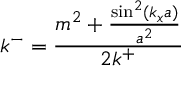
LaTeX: k ^ { - } = \frac { m ^ { 2 } + \frac { \sin ^ { 2 } ( k _ { x } a ) } { a ^ { 2 } } } { 2 k ^ { + } }